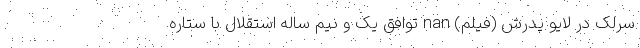
سرلک در لایو پدرش (فیلم) nan توافق یک و نیم ساله استقلال با ستاره